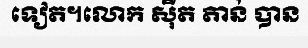
ទៀត។លោក ស៊ីត តាន់ បាន